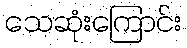
သေဆုံးကြောင်း